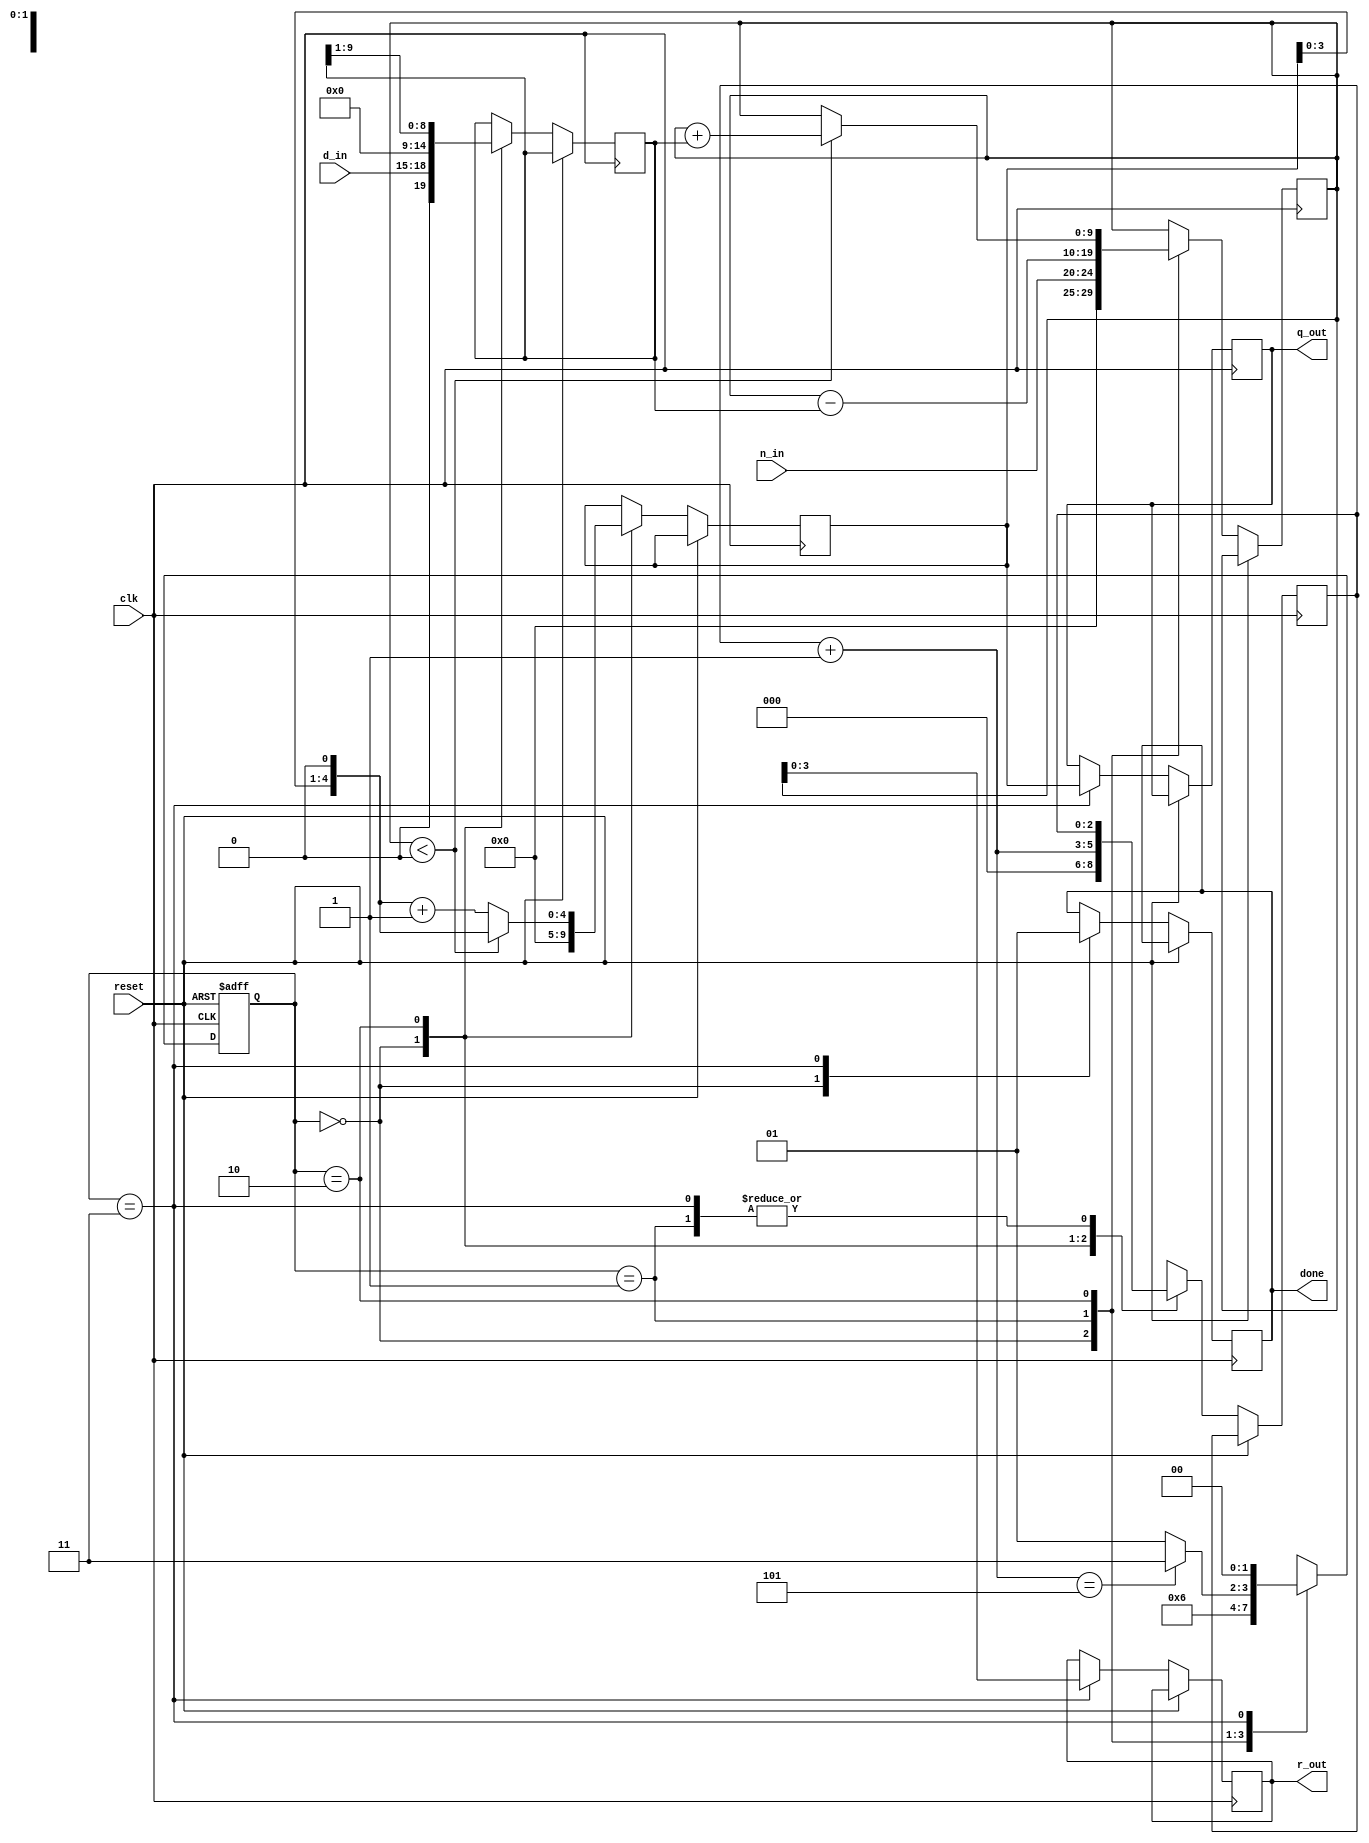
module Restoring_Slow_Division(
  input         clk, reset,
  input  [4:0] n_in,
  input  [3:0] d_in,
  output reg [3:0] r_out,
  output reg [4:0] q_out,
  output reg done);

  parameter s0=0, s1=1, s2=2, s3=3; // State assignments

  
  always @(posedge clk or posedge reset) 
  begin : F // Finite state machine 
    reg [2:0] count;
    reg [1:0] s;          // FSM state 
    reg  [9:0] d;        // Double bit width unsigned
    reg  signed [9:0] r; // Double bit width signed
    reg  [4:0] q;

    if (reset)              // Asynchronous reset
      s <= s0;
    else
      case (s) 
        s0 : begin         // Initialization step 
          s <= s1;
          count = 0;
          q <= 0;           // Reset quotient register
          d <= d_in << 5;   // Load aligned denominator
          r <= n_in;        // Remainder = numerator
          done <= 0;
        end                                           
        s1 : begin         // Processing step 
          r <= r - d;      // Subtract denominator
          s <= s2;
        end
        s2 : begin          // Restoring step
          if (r < 0) begin  // Check r < 0 
            r <= r + d;     // Restore previous remainder
            q <= q << 1;     // LSB = 0 and SLL
            end
          else
            q <= (q << 1) + 1; // LSB = 1 and SLL
          count = count + 1;
          d <= d >> 1;

          if (count == 5)   // Division ready 
            s <= s3;
          else             
            s <= s1;
        end
        s3 : begin       // Output of result
          q_out <= q[4:0]; 
          r_out <= r[3:0]; 
          done <= 1;
          s <= s0;   // Start next division
        end
      endcase  
  end

endmodule